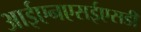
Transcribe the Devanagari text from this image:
आईएनएसईएसडी